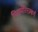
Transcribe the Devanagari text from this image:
पितर्मरित्ज़्बर्ग